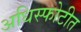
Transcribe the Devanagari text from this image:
अधिस्फोटीत